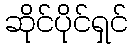
ဆိုင်ပိုင်ရှင်